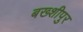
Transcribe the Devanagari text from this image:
बख्शीपुर